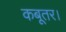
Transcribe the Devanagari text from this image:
कबूतर।